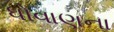
ધોવાણના